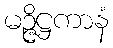
မဉ္ဇိဋ္ဌကာနံ